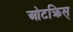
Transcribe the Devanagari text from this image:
ओटक्रिस्